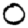
Digit: 0